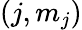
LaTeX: (j,m_{j})